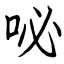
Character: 咇